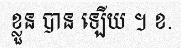
ខ្លួន បាន ឡើយ ។ ខ.